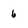
Character: 6